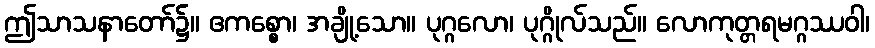
ဤသာသနာတော်၌။ ဧကစ္စော၊ အချို့သော။ ပုဂ္ဂလော၊ ပုဂ္ဂိုလ်သည်။ လောကုတ္တရမဂ္ဂဿဝါ၊